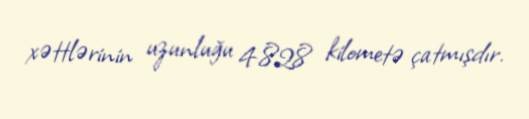
xəttlərinin uzunluğu 4.828 kilometə çatmışdır.